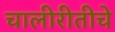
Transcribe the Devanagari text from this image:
चालीरीतीचे